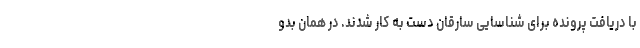
با دریافت پرونده برای شناسایی سارقان دست به کار شدند. در همان بدو